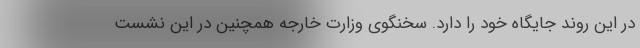
در این روند جایگاه خود را دارد. سخنگوی وزارت خارجه همچنین در این نشست